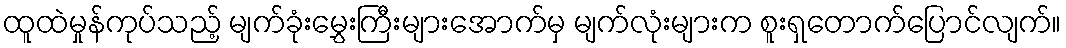
ထူထဲမှုန်ကုပ်သည့် မျက်ခုံးမွှေးကြီးများအောက်မှ မျက်လုံးများက စူးရှတောက်ပြောင်လျက်။